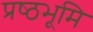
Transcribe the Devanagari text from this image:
प्रष्‍ठभूमि